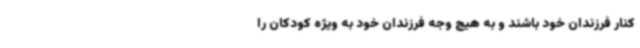
کنار فرزندان خود باشند و به هیچ وجه فرزندان خود به ویژه کودکان را